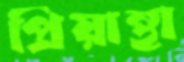
প্রিয়ান্থা